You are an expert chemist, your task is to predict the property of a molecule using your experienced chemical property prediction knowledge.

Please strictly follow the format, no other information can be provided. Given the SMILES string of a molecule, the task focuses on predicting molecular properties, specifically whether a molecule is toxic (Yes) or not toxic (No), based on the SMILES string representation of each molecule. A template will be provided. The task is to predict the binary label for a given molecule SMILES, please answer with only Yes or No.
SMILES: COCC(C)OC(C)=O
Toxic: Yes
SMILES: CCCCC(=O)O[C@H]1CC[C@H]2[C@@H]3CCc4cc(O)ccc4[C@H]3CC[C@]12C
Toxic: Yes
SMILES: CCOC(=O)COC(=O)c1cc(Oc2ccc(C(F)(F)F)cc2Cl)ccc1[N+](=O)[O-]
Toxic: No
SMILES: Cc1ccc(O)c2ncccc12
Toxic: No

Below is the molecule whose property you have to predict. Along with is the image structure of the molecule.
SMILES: CN(C)C(=N)NC(=N)N
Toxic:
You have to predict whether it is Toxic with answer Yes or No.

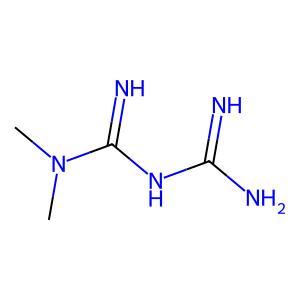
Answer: No